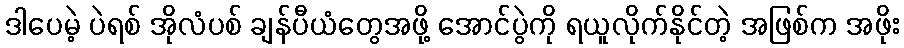
ဒါပေမဲ့ ပဲရစ် အိုလံပစ် ချန်ပီယံတွေအဖို့ အောင်ပွဲကို ရယူလိုက်နိုင်တဲ့ အဖြစ်က အဖိုး